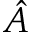
\hat { A }